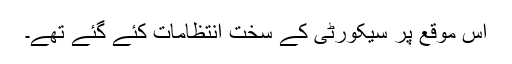
اس موقع پر سیکورٹی کے سخت انتظامات کئے گئے تھے۔